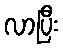
လာပြီး